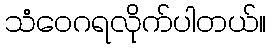
သံဝေဂရလိုက်ပါတယ်။